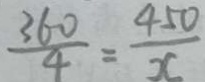
\frac { 3 6 0 } { 4 } = \frac { 4 5 0 } { x }